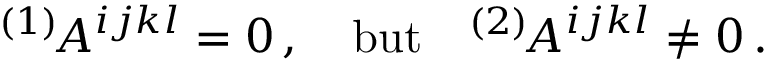
{ } ^ { ( 1 ) } \! A ^ { i j k l } = 0 \, , \quad \mathrm { b u t } \quad { } ^ { ( 2 ) } \! A ^ { i j k l } \ne 0 \, .